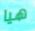
هيا